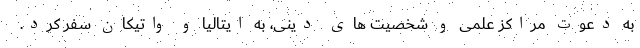
به دعوت مراکز علمی و شخصیت های دینی، به ایتالیا و واتیکان سفر کرد.